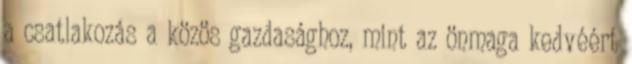
a csatlakozás a közös gazdasághoz, mint az önmaga kedvéért